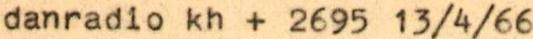
danradio kh + 2695 13/4/66